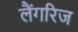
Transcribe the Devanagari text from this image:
लैंगरिज